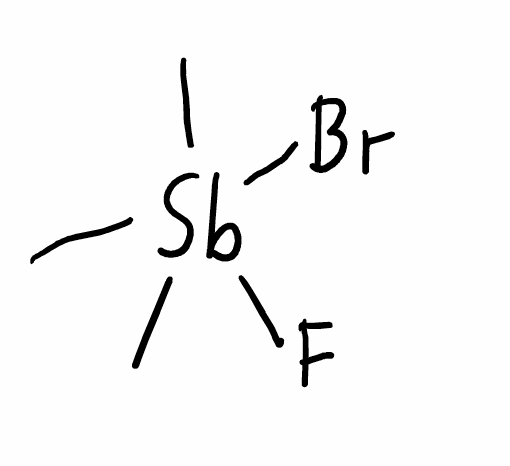
Simplified molecular-input line-entry system (SMILES) notation of the given molecule:
C[Sb](C)(C)(F)Br